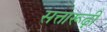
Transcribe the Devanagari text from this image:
सत्तारूढ़ी